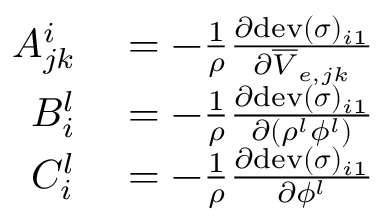
\begin{array} { r l } { A _ { j k } ^ { i } } & { { } = - \frac { 1 } { \rho } \frac { \partial \mathrm { d e v } ( \boldsymbol \sigma ) _ { i 1 } } { \partial \overline { { V } } _ { e , j k } } } \\ { B _ { i } ^ { l } } & { { } = - \frac { 1 } { \rho } \frac { \partial \mathrm { d e v } ( \boldsymbol \sigma ) _ { i 1 } } { \partial ( \rho ^ { l } \phi ^ { l } ) } } \\ { C _ { i } ^ { l } } & { { } = - \frac { 1 } { \rho } \frac { \partial \mathrm { d e v } ( \boldsymbol \sigma ) _ { i 1 } } { \partial \phi ^ { l } } } \end{array}